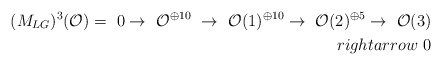
\begin{align*}(M_{LG})^{3}({\cal{O}})=\ 0 \rightarrow\ {\cal{O}}^{\oplus 10}\ \rightarrow\ {\cal{O}}(1)^{\oplus 10}\rightarrow\ {\cal{O}}(2)^{\oplus 5}\rightarrow \ {\cal{O}}(3)\\rightarrow \ 0\end{align*}